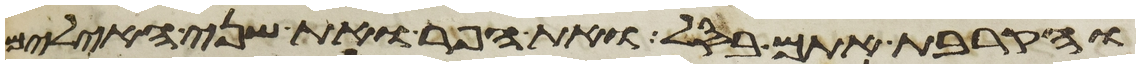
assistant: והקרבת אתם בסל ואת הפר ואת שני האילים